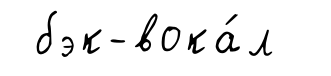
бэк-вока́л